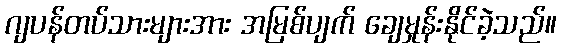
ဂျပန်တပ်သားများအား အမြစ်ပျက် ချေမှုန်းနိုင်ခဲ့သည်။